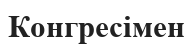
Конгресімен